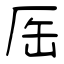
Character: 厒